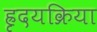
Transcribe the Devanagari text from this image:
ह्रृदयक्रिया